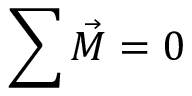
\sum { \vec { M } } = 0